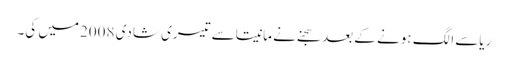
ریاسے الگ ہونے کے بعد سجنے نے مانیتاسے تیسری شادی 2008میں کی۔